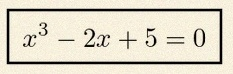
x^3-2x+5=0